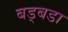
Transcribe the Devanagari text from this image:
बड्बडा